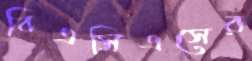
বিএসিএসের